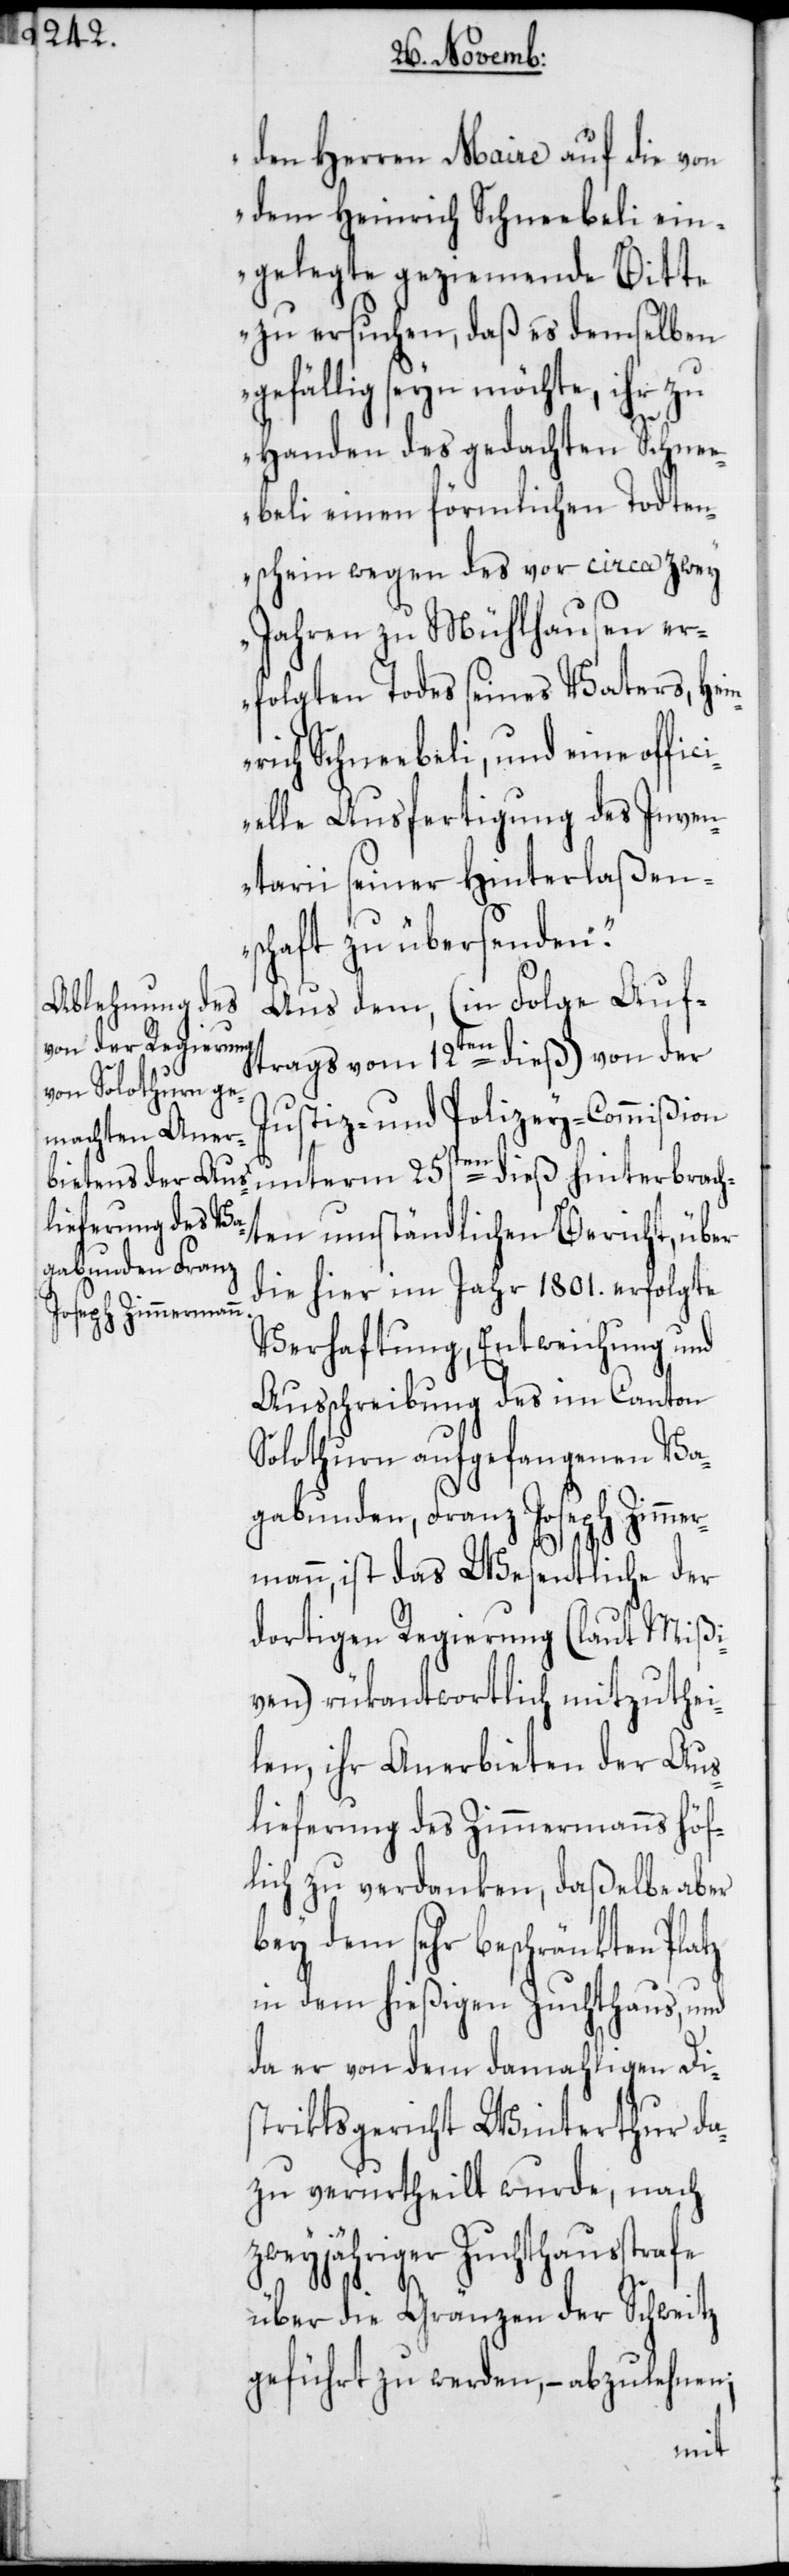
den Herren Maire auf die von
dem Heinrich Schneebeli ein¬
gelegte geziemende Bitte
zu ersuchen, daß es demselben
gefällig seyn möchte, ihr zu
Handen des gedachten Schne¬
ebeli einen förmlichen Todten¬
schein wegen des vor circa zwey
Jahren zu Mühlhausen er¬
folgten Todes seines Vaters, Hein¬
rich Schneebeli, und eine offic¬
ielle Ausfertigung des Inven¬
tarii seiner Hinterlaßen¬
schaft zu übersenden.“
Aus dem, (in Folge Auf¬
trags vom 12ten dieß) von der
Justiz- und Polizey-Commißion
unterm 25sten dieß hinterbrach¬
ten umständlichen Bericht, über
die hier im Jahr 1801. erfolgte
Verhaftung, Entweichung und
Ausschreibung des im Canton
Solothurn aufgefangenen Va¬
gabunden, Franz Joseph Zimmer¬
mann, ist das Wesentliche der
dortigen Regierung (laut Mißi¬
ven) rükantwortlich mitzuthei¬
len, ihr Anerbieten der Aus¬
lieferung das Zimmermanns höf¬
lich zu verdanken, daßelbe aber
bey dem sehr beschränkten Platz
in dem hießigen Zuchthaus, und
da er von dem damahligen Dis¬
triktsgericht Winterthur da¬
zu verurtheilt wurde, nach
zweyjähriger Zuchthausstrafe
über die Gränzen der Schweitz
geführt zu werden, – abzulehnen;